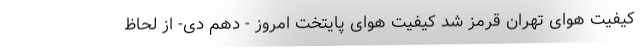
کیفیت هوای تهران قرمز شد کیفیت هوای پایتخت امروز - دهم دی- از لحاظ